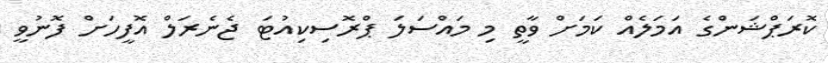
ކޮރަޕްޝަންގެ އަމަލެއް ކަމަށް ވާތީ މި މައްސަލަ ޕްރޮސިކިއުޓަ ޖެނެރަލް އޮފީހަށް ފޮނުވީ